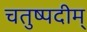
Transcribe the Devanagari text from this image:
चतुष्पदीम्